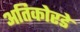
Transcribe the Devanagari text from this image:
अतिकोरडे